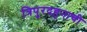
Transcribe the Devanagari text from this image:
त्रिपुरदहनाची